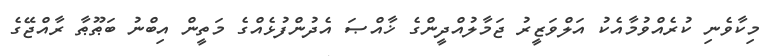
މިކާވެނި ކުރެއްވުމާއެކު އަލްވަޒީރު ޖަމާލުއްދީންގެ ޚާއްޞަ އެދުންފުޅެއްގެ މަތީން އިބްނު ބަޠޫޠާ ރާއްޖޭގެ